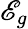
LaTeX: \mathscr{E}_{g}